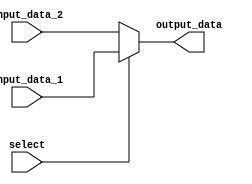
module mux(input_data_1, input_data_2, select, output_data);
    parameter n = 64;

	input select;
	input [n - 1 : 0] input_data_1, input_data_2;
	output[n - 1 : 0] output_data;

	assign output_data = select ? input_data_1 : input_data_2;

endmodule